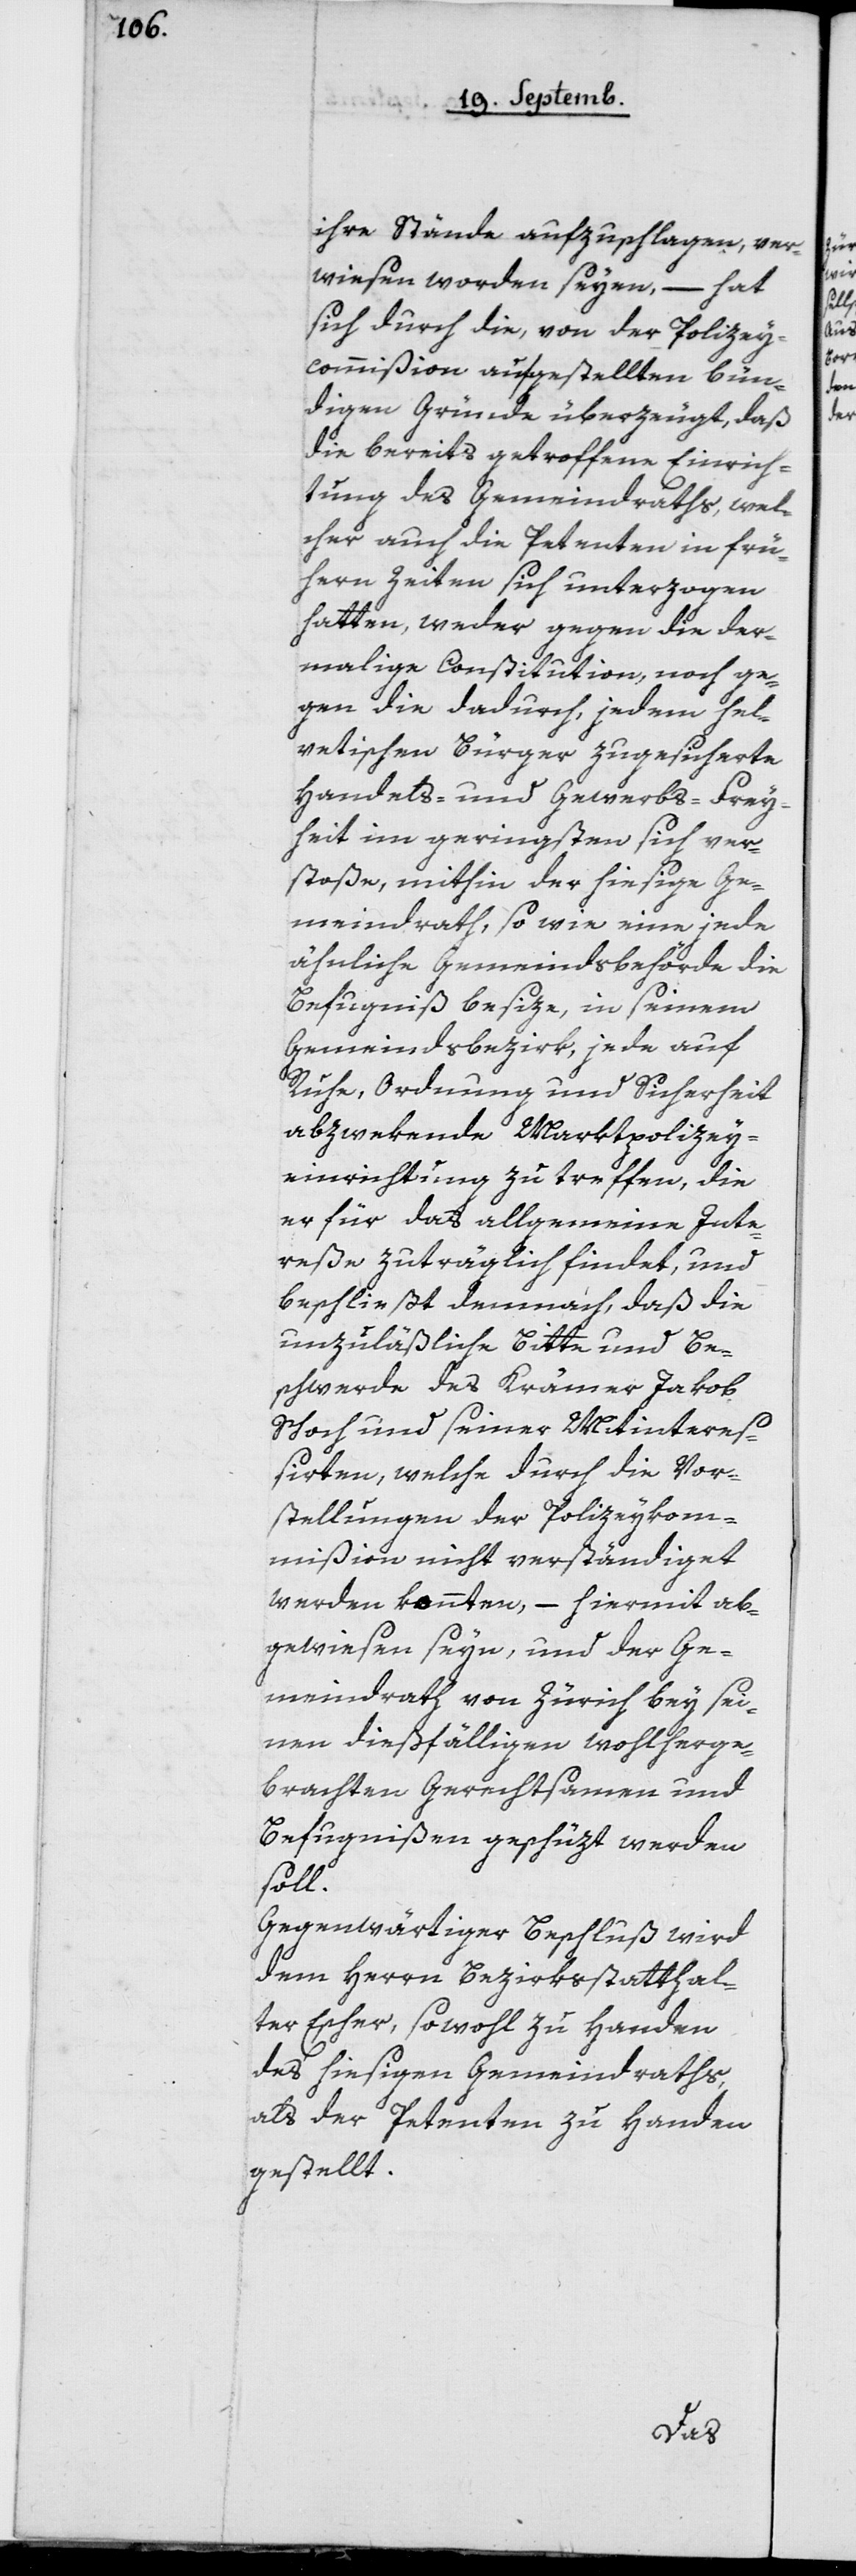
ihre Stände aufzuschlagen, ver¬
wiesen worden seyen, – hat
sich durch die, von der Polizey¬
commißion aufgestellten bün¬
digen Gründe überzeugt, daß
die bereits getroffene Einrich¬
tung des Gemeindraths, wel¬
cher auch die Petenten in frü¬
hern Zeiten sich unterzogen
hatten, weder gegen die der¬
malige Constitution, noch ge¬
gen die dadurch, jedem hel¬
vetischen Bürger zugesicherte
Handels- und Gewerbs-Frey¬
heit im Geringsten sich ver¬
stoße, mithin der hiesige Ge¬
meindrath, so wie eine jede
ähnliche Gemeindsbehörde die
Befugniß besize, in seinem
Gemeindsbezirk, jede auf
Ruhe, Ordnung und Sicherheit
abzwekende Marktpolizey¬
einrichtung zu treffen, die
er für das allgemeine Inte¬
reße zuträglich findet, und
beschließt demnach, daß die
unzuläßige Bitte und Be¬
schwerde des Krämer Jakob
Schoch und seiner Mitintereß¬
irten, welche durch die Vor¬
stellungen der Polizeykom¬
mißion nicht verständiget
werden konnten, – hiermit ab¬
gewiesen seyn, und der Ge¬
meindrath von Zürich bey sei¬
nen dießfälligen wohlherge¬
brachten Gerechtsamen und
Befugnißen geschüzt werden
soll.
Gegenwärtiger Beschluß wird
dem Herrn Bezirksstatthal¬
ter Escher, sowohl zu Handen
des hiesigen Gemeindraths,
als der Petenten zu Handen
gestellt.